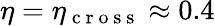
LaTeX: \eta=\eta_{\mathrm{~c~r~o~s~s~}}\approx 0.4